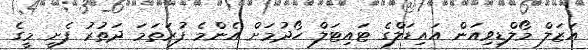
އަޒަލް މޯލްޑިވިއަން އައިޑަލްގެ ޓައިޓަލް ހޯދުމަށް އެންމެ ފުރަތަމަ ދަތުރު ފެށީ މީގެ